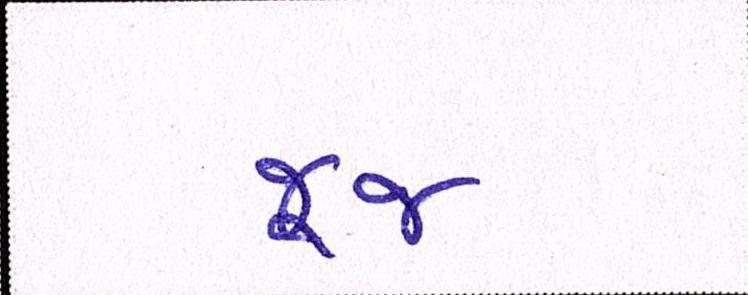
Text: જૂજ